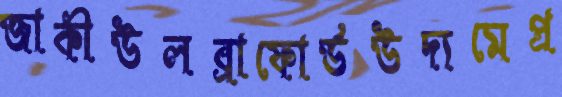
জাকীউলব্রাফোর্ডউদ্যমেপ্র